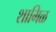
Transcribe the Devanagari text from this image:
शामिळ